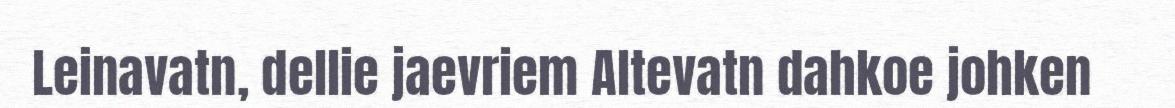
Leinavatn, dellie jaevriem Altevatn dahkoe johken